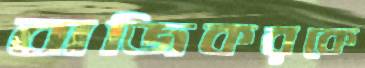
বাজিকরকে